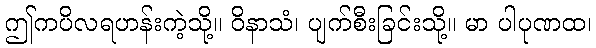
ဤကပိလရဟန်းကဲ့သို့။ ဝိနာသံ၊ ပျက်စီးခြင်းသို့။ မာ ပါပုဏထ၊